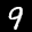
Label: 9